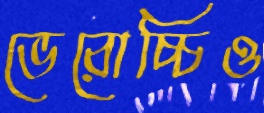
ভেরোচ্চিও